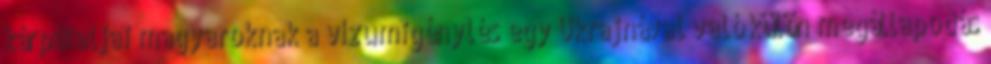
kárpátaljai magyaroknak a vízumigénylés egy Ukrajnával való külön megállapodás